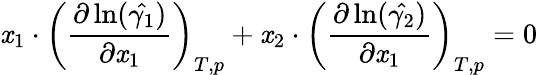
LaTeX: \mathit{x}_{1}\cdot\left(\frac{{\partial\ln(\hat{{\gamma_{1}}})}}{{\partial\mathit{x}_{1}}}\right)_{T,p}+\mathit{x}_{2}\cdot\left(\frac{{\partial\ln(\hat{{\gamma_{2}}})}}{{\partial\mathit{x}_{1}}}\right)_{T,p}=0